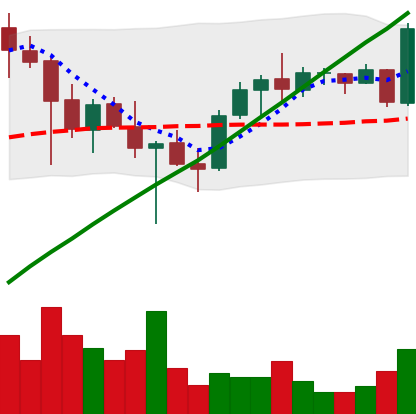
Ticker: ADA-USD
Chart end date: 2021-05-05
Forward return: 11.465%
Label: up_7plus